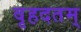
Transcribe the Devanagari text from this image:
वृहदतम्